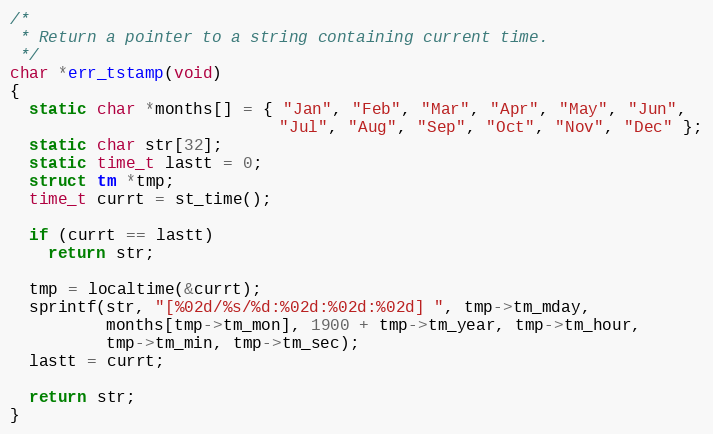
Language: C
/*
 * Return a pointer to a string containing current time.
 */
char *err_tstamp(void)
{
  static char *months[] = { "Jan", "Feb", "Mar", "Apr", "May", "Jun",
                            "Jul", "Aug", "Sep", "Oct", "Nov", "Dec" };
  static char str[32];
  static time_t lastt = 0;
  struct tm *tmp;
  time_t currt = st_time();

  if (currt == lastt)
    return str;

  tmp = localtime(&currt);
  sprintf(str, "[%02d/%s/%d:%02d:%02d:%02d] ", tmp->tm_mday,
          months[tmp->tm_mon], 1900 + tmp->tm_year, tmp->tm_hour,
          tmp->tm_min, tmp->tm_sec);
  lastt = currt;

  return str;
}